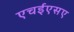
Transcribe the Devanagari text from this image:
एचईएसए